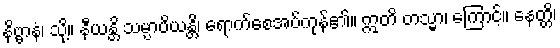
နိဗ္ဗာနံ၊ သို့။ နီယန္တိ သမ္ပာပိယန္တိ၊ ရောက်စေအပ်ကုန်၏။ ဣတိ တသ္မာ၊ ကြောင့်။ နေတ္တိ၊